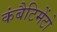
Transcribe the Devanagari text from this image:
कंबैटिमेंटो